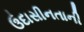
ઉદાસીનતાની